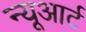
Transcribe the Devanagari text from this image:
न्यूआर्ट